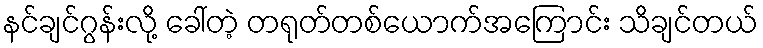
နင်ချင်ဂွန်းလို့ ခေါ်တဲ့ တရုတ်တစ်ယောက်အကြောင်း သိချင်တယ်